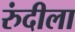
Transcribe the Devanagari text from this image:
रुंदीला